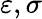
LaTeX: \varepsilon,\sigma